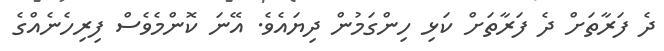
ދެ ފަރާތަށް ދެ ފަރާތަށް ކަޅި ހިންގަމުން ދިޔައެވެ. އޭނަ ކޮންމެވެސް ފިރިހެނެއްގެ